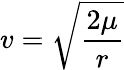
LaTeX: v={\sqrt{\frac{2\mu}{r}}}